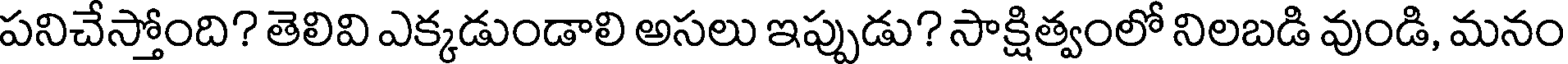
పనిచేస్తోంది? తెలివి ఎక్కడుండాలి అసలు ఇప్పుడు? సాక్షిత్వంలో నిలబడి వుండి, మనం